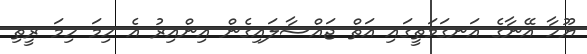
ޔޫހާ އޭނާގެ އަނގަމަތީގައި އަތް ޖައްސާލައިގެން އިންއިރު އެ ހިމަ ހިމަ ރީތި